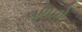
વળવો